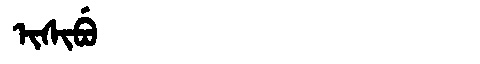
Manchu: ᡳᠰᡳᠪᡠ
Romanization: ISIBU